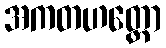
အကတဟတ္ထော